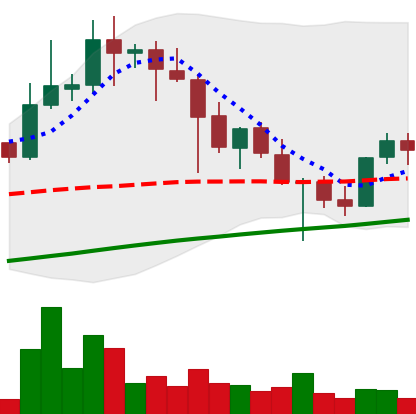
Ticker: XLM-USD
Chart end date: 2021-04-28
Forward return: 11.017%
Label: up_7plus